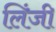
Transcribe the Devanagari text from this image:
लिंजी